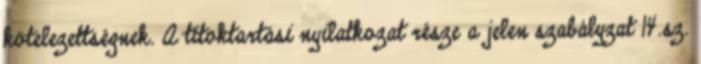
kötelezettségnek. A titoktartási nyilatkozat része a jelen szabályzat 14.sz.